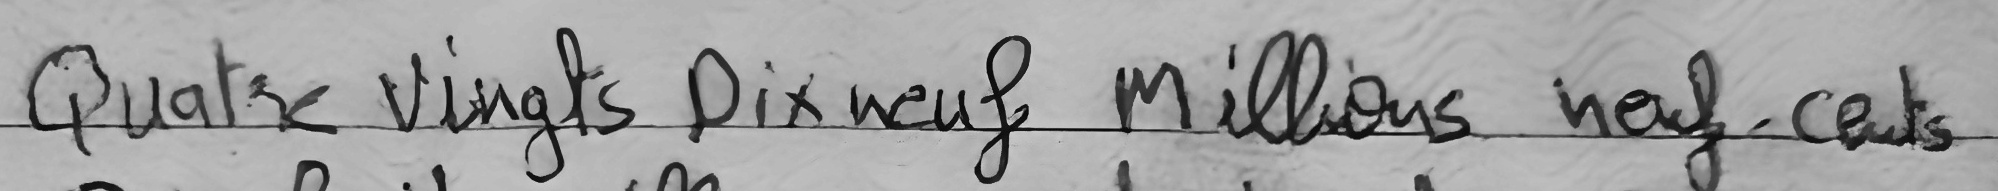
Quatre Vingts Dix neuf Millions neuf cents